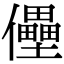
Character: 㒦